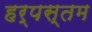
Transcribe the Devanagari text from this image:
हर्पस्तम